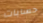
حسابات